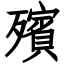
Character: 殯